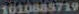
1010885719